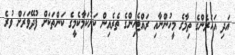
އަދި އަހަރެންގެ ތިމާގެ މީހުންނާއި ރައްޓެހިންގެ ތެރެއިން ކަށުކަމާކެމީގެ ކަންތަކަށް ފުދޭވަރަށް ވުރެ